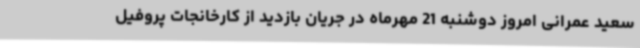
سعید عمرانی امروز دوشنبه 21 مهرماه در جریان بازدید از کارخانجات پروفیل